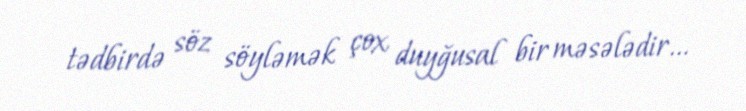
tədbirdə söz söyləmək çox duyğusal bir məsələdir...